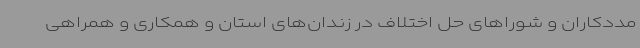
مددکاران و شوراهای حل اختلاف در زندان‌های استان و همکاری و همراهی